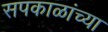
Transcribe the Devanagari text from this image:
सपकाळांच्या